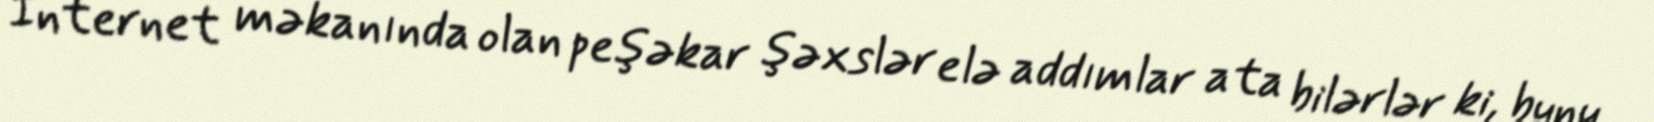
İnternet məkanında olan peşəkar şəxslər elə addımlar ata bilərlər ki, bunu